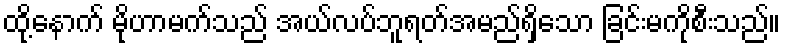
ထို့နောက် မိုဟာမက်သည် အယ်လပ်ဘူရတ်အမည်ရှိသော ခြင်းမကိုစီးသည်။